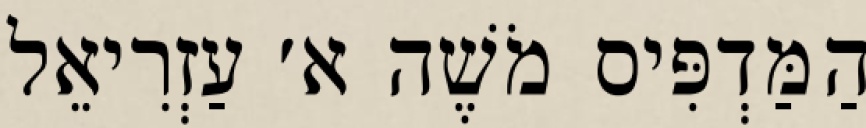
הַמַּדְפִּיס מֹשֶׁה א׳ עַזְרִיאֵל